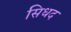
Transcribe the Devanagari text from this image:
सिधद